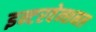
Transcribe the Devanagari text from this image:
इन्टरवेन्शनल